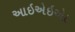
આઇએઇએા